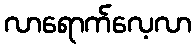
လာရောက်လေ့လာ